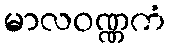
မာလဝဏ္ဏကံ